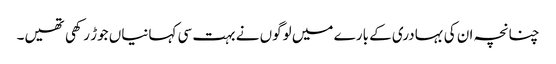
چنانچہ ان کی بہادری کے بارے میں لوگوں نے بہت سی کہانیاں جوڑ رکھی تھیں۔